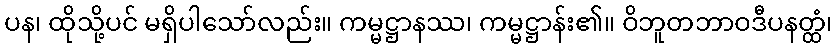
ပန၊ ထိုသို့ပင် မရှိပါသော်လည်း။ ကမ္မဋ္ဌာနဿ၊ ကမ္မဋ္ဌာန်း၏။ ဝိဘူတဘာဝဒီပနတ္ထံ၊